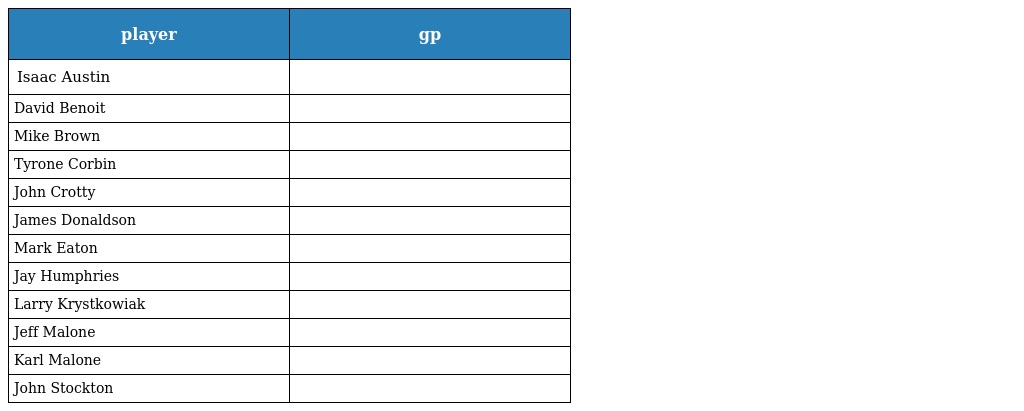
| player | gp |
 | --- | --- |
 | Isaac Austin |  |
 | David Benoit |  |
 | Mike Brown |  |
 | Tyrone Corbin |  |
 | John Crotty |  |
 | James Donaldson |  |
 | Mark Eaton |  |
 | Jay Humphries |  |
 | Larry Krystkowiak |  |
 | Jeff Malone |  |
 | Karl Malone |  |
 | John Stockton |  |